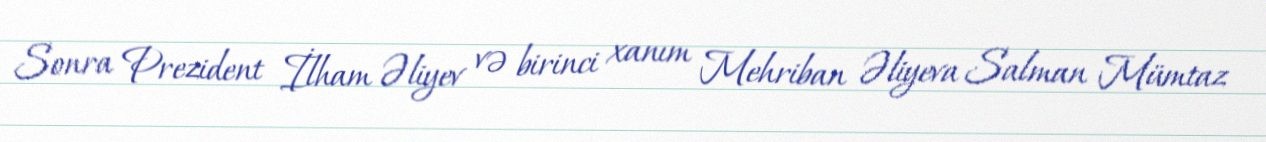
Sonra Prezident İlham Əliyev və birinci xanım Mehriban Əliyeva Salman Mümtaz